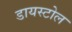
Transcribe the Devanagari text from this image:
डायस्टोल